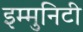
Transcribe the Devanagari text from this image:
इम्मुनिटी